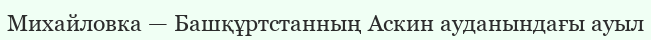
Михайловка — Башқұртстанның Аскин ауданындағы ауыл